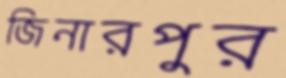
জিনারপুর